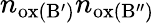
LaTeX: n_{\mathrm{ox(B^{\prime})}}n_{\mathrm{ox(B^{\prime\prime})}}